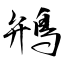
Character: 鴘